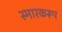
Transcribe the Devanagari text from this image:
स्मारकरूप